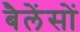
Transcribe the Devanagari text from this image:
बैलेंसों